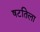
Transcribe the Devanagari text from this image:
षटतिला